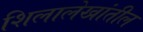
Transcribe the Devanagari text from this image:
शिलालेखांतील